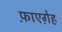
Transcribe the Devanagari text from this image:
फ़ाएग़ेह